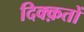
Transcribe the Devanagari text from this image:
दिक्क़तों